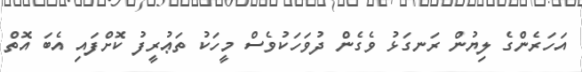
އަހަރެންގެ ލިޔުން ރަނގަޅު ވެގެން ދުވަހަކުވެސް މީހަކު ތަޢުރީފު ކޮށްފައި އެބަ އޮތް